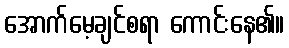
အောက်မေ့ချင်စရာ ကောင်းနေ၏။